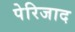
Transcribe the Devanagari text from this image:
पेरिजाद